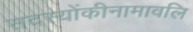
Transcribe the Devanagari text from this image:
सदस्योंकीनामावलि